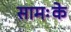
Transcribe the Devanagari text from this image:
सामःके